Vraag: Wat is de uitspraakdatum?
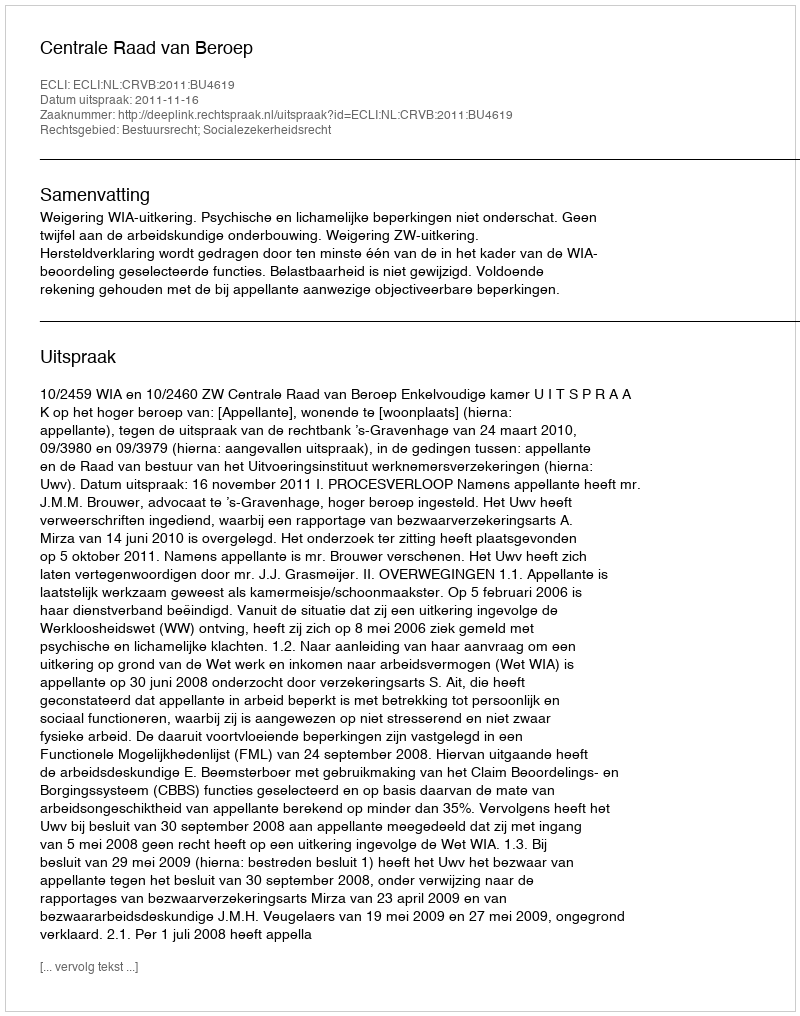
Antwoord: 2011-11-16